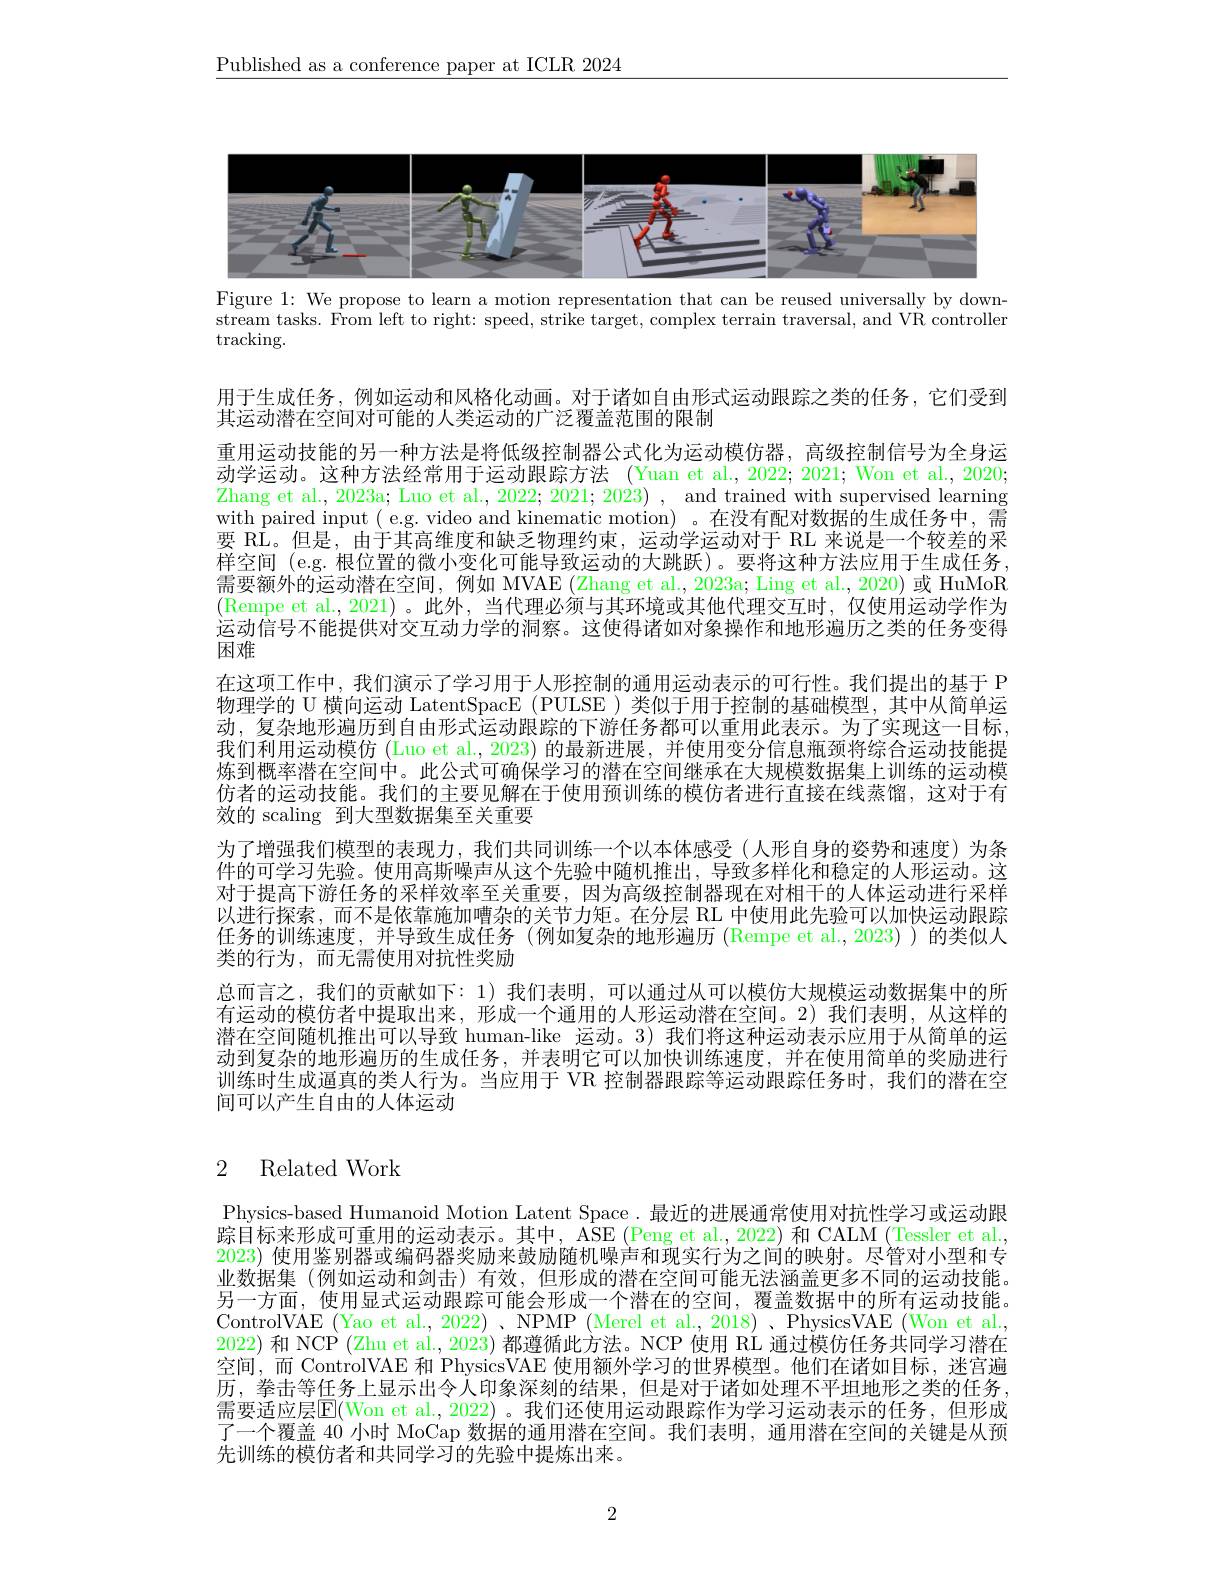
$\underline{\text{Published as a conference paper at ICLR 2024}}$

<FigureHere>
Figure 1: We propose to learn a motion representation that can be reused universally by down-

stream tasks. From left to right: speed, strike target, complex terrain traversal, and VR controller
$\operatorname{tracking}.$

用于生成任务，例如运动和风格化动画。对于诸如自由形式运动跟踪之类的任务，它们受到
其运动潜在空间对可能的人类运动的广泛覆盖范围的限制
重用运动技能的另一种方法是将低级控制器公式化为运动模仿器，高级控制信号为全身运动学运动。这种方法经常用于运动跟踪方法 (Yuan et al., 2022; 2021; Won et al., 2020; Zhang et al. , 2023a; Luo et al. , 2022; 2021; 2023) , and trained with supervised learning with paired input ( e.g. video and kinematic motion) 。在没有配对数据的生成任务中，需要 RL。但是，由于其高维度和缺乏物理约束，运动学运动对于 RL 来说是一个较差的采样空间 (e.g. 根位置的微小变化可能导致运动的大跳跃)。要将这种方法应用于生成任务， 需要额外的运动潜在空间，例如 MVAE (Zhang et al., 2023a; Ling et al., 2020) 或 HuMoR (Rempe et al.,2021)。此外，当代理必须与其环境或其他代理交互时，仅使用运动学作为运动信号不能提供对交互动力学的洞察。这使得诸如对象操作和地形遍历之类的任务变得困难
在这项工作中，我们演示了学习用于人形控制的通用运动表示的可行性。我们提出的基于 P 物理学的 U 横向运动 LatentSpacE (PULSE )类似于用于控制的基础模型，其中从简单运动，复杂地形遍历到自由形式运动跟踪的下游任务都可以重用此表示。为了实现这一目标， 我们利用运动模仿 (Luo et al., 2023) 的最新进展，并使用变分信息瓶颈将综合运动技能提炼到概率潜在空间中。此公式可确保学习的潜在空间继承在大规模数据集上训练的运动模仿者的运动技能。我们的主要见解在于使用预训练的模仿者进行直接在线蒸馏，这对于有效的 scaling 到大型数据集至关重要
为了增强我们模型的表现力，我们共同训练一个以本体感受(人形自身的姿势和速度)为条件的可学习先验。使用高斯噪声从这个先验中随机推出，导致多样化和稳定的人形运动。这对于提高下游任务的采样效率至关重要，因为高级控制器现在对相干的人体运动进行采样以进行探索，而不是依靠施加嘈杂的关节力矩。在分层 RL 中使用此先验可以加快运动跟踪任务的训练速度，并导致生成任务(例如复杂的地形遍历 (Rempe et al.,2023))的类似人类的行为，而无需使用对抗性奖励
总而言之，我们的贡献如下：1)我们表明，可以通过从可以模仿大规模运动数据集中的所有运动的模仿者中提取出来，形成一个通用的人形运动潜在空间。2)我们表明，从这样的潜在空间随机推出可以导致 human-like 运动。3)我们将这种运动表示应用于从简单的运动到复杂的地形遍历的生成任务，并表明它可以加快训练速度，并在使用简单的奖励进行训练时生成逼真的类人行为。当应用于 VR 控制器跟踪等运动跟踪任务时，我们的潜在空间可以产生自由的人体运动

# 2 Related Work

Physics-based Humanoid Motion Latent Space. 最近的进展通常使用对抗性学习或运动跟踪目标来形成可重用的运动表示。其中，$\dot{\mathrm{ASE}}\left(\text{Peng et al., 2022) }\right)$和 CALM (Tessler et al. 2023) 使用鉴别器或编码器奖励来鼓励随机噪声和现实行为之间的映射。尽管对小型和专业数据集(例如运动和剑击)有效，但形成的潜在空间可能无法涵盖更多不同的运动技能。另一方面，使用显式运动跟踪可能会形成一个潜在的空间，覆盖数据中的所有运动技能。ControlVAE (Yao et al., 2022)、NPMP (Merel et al., 2018)、PhysicsVAE (Won et al., 2022) 和 NCP (Zhu et al., 2023) 都遵循此方法。NCP 使用 RL 通过模仿任务共同学习潜在空间，而 ControlVAE 和 PhysicsVAE 使用额外学习的世界模型。他们在诸如目标，迷宫遍历，拳击等任务上显示出令人印象深刻的结果，但是对于诸如处理不平坦地形之类的任务， 需要适应层$\mathsf{E}($Won et al., 2022)。我们还使用运动跟踪作为学习运动表示的任务，但形成了一个覆盖 40 小时 MoCap 数据的通用潜在空间。我们表明，通用潜在空间的关键是从预先训练的模仿者和共同学习的先验中提炼出来。

2